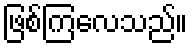
ဖြစ်ကြလေသည်။